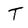
Character: T